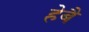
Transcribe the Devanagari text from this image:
हेबै